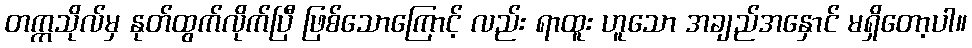
တက္ကသိုလ်မှ နုတ်ထွက်လိုက်ပြီ ဖြစ်သောကြောင့် လည်း ရာထူး ဟူသော အချည်အနှောင် မရှိတော့ပါ။